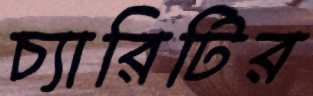
চ্যারিটির